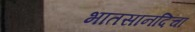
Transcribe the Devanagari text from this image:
भातसानदिचा